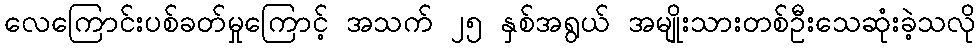
လေကြောင်းပစ်ခတ်မှုကြောင့် အသက် ၂၅ နှစ်အရွယ် အမျိုးသားတစ်ဦးသေဆုံးခဲ့သလို